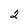
Character: 2